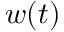
w ( t )